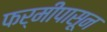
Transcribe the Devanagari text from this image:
फर्मीपासून